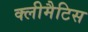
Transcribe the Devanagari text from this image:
क्लीमैटिस